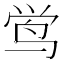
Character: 鸴